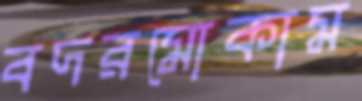
বদরমোকাম